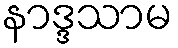
နာဒ္ဒသာမ